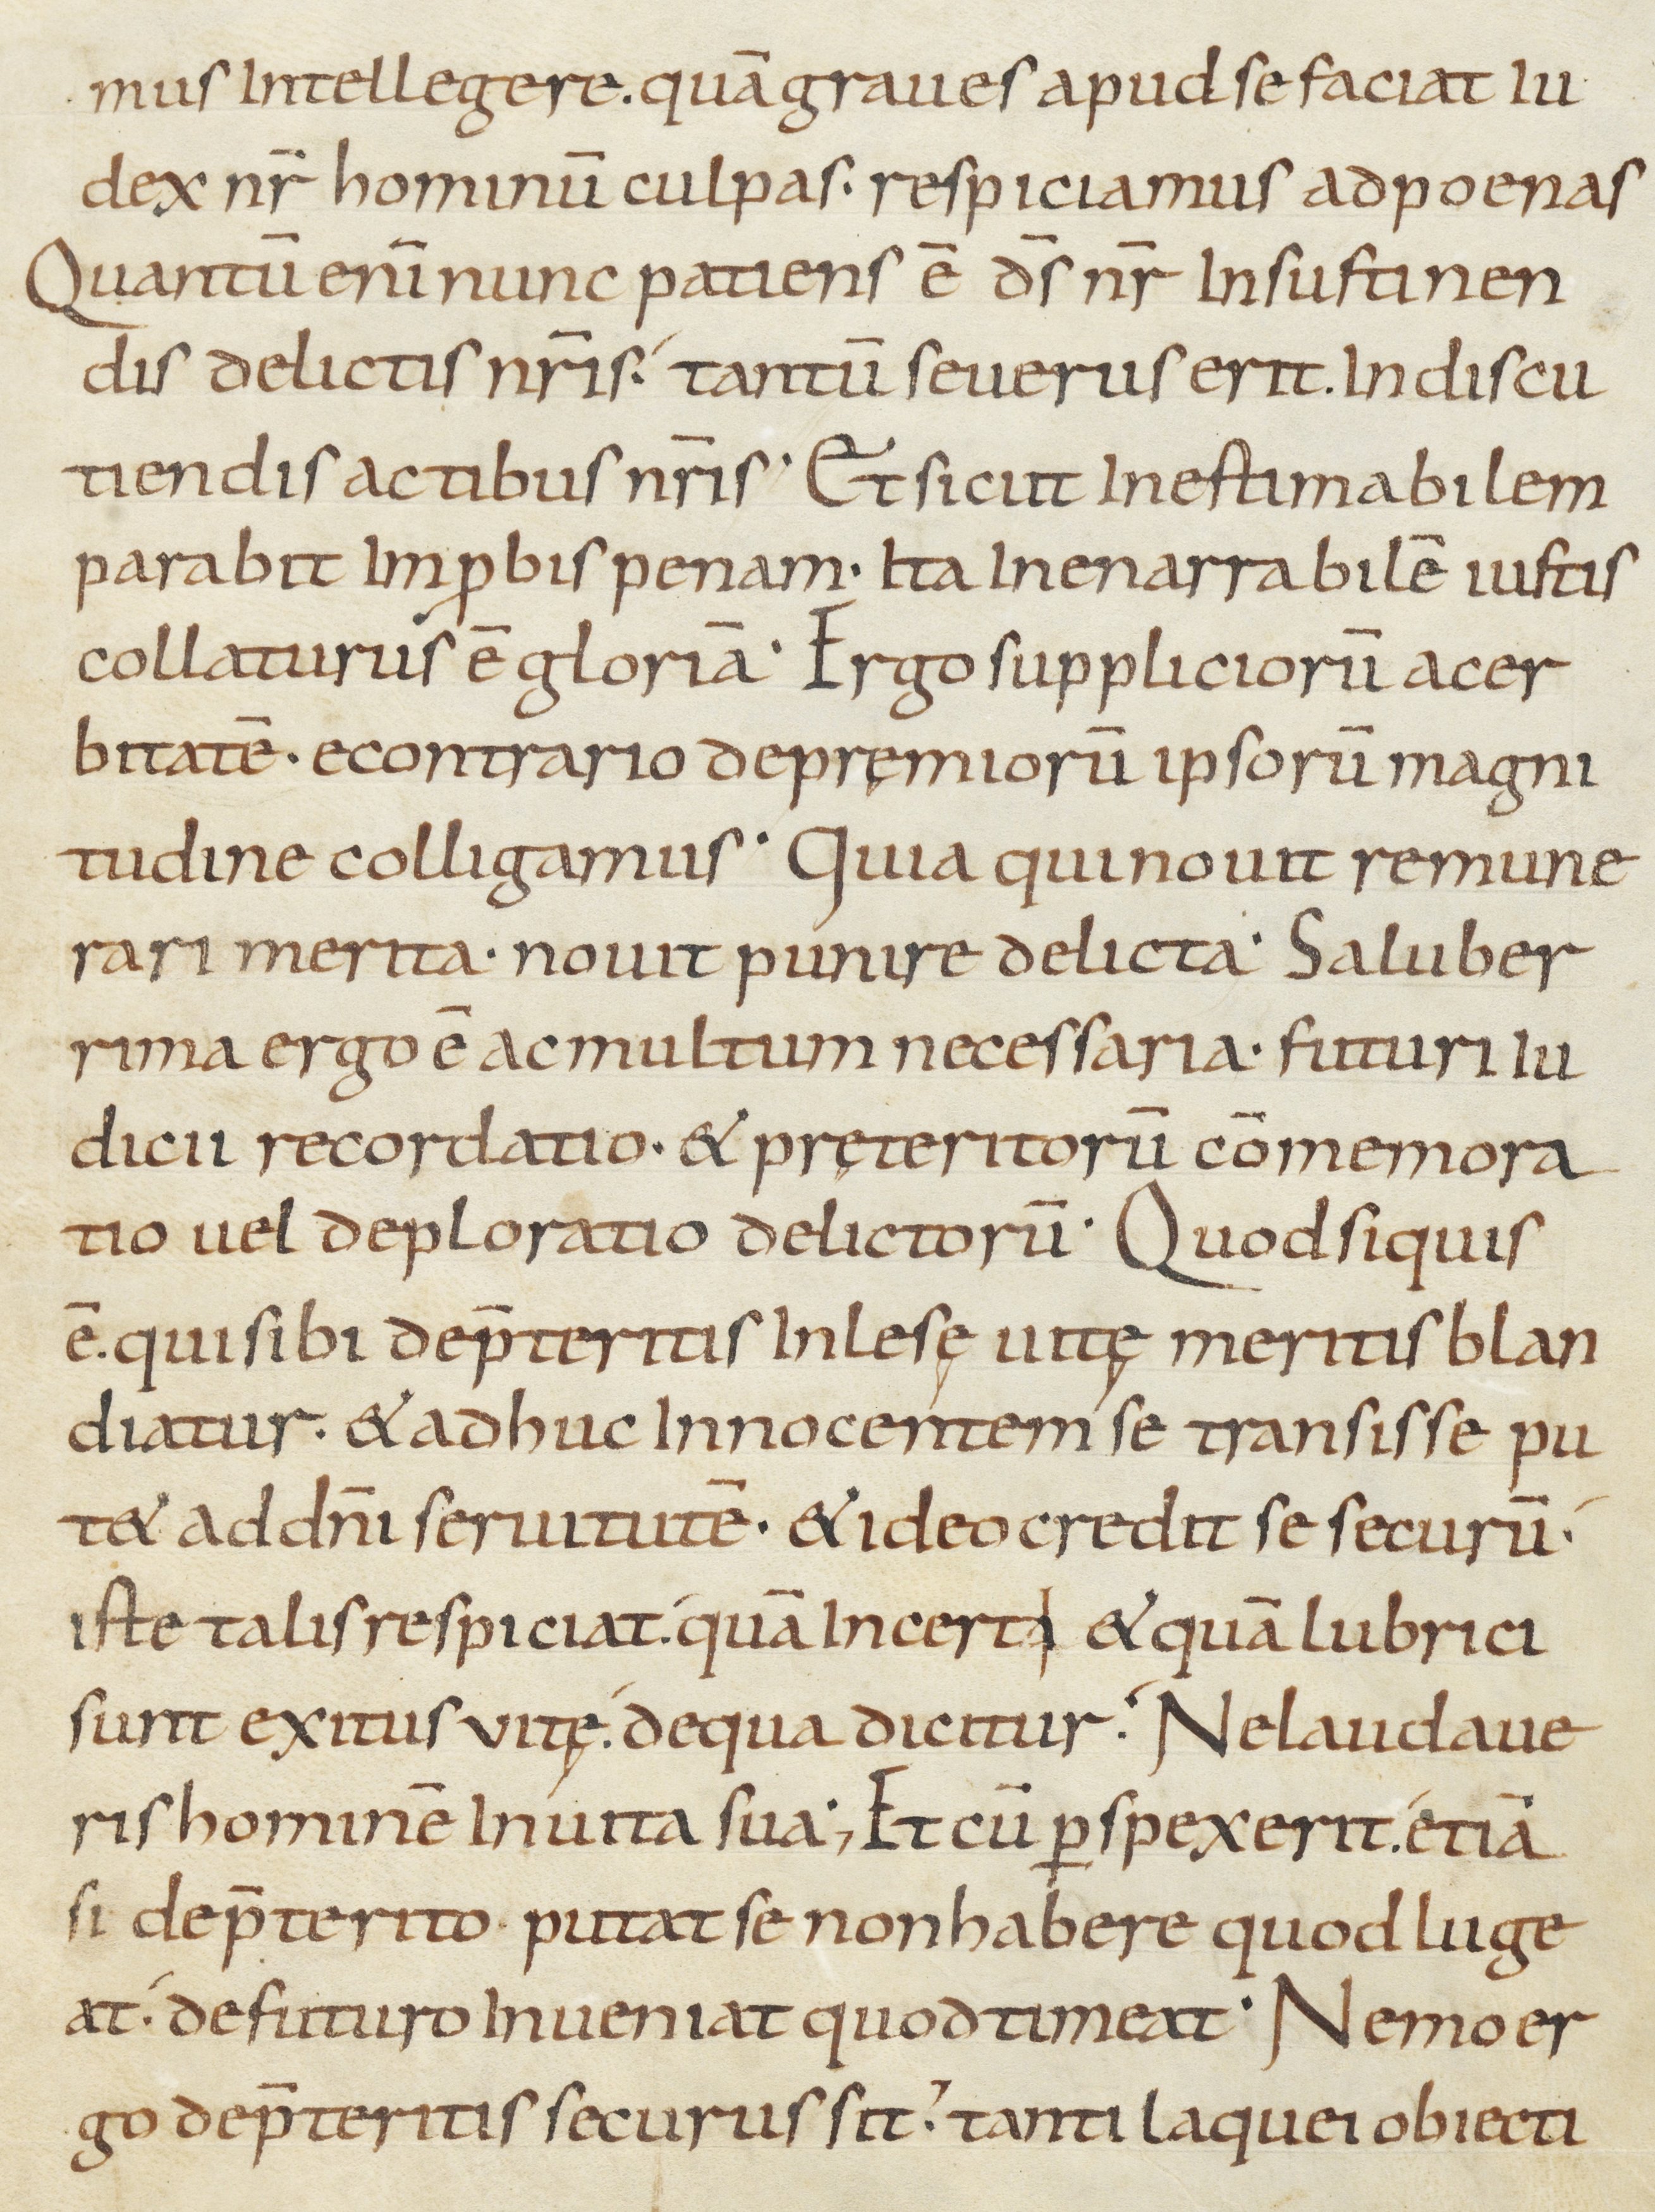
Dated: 800–899